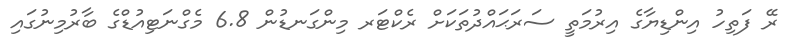
ރޭ ފަތިހު އިންޑިޔާގެ އިރުމަތީ ސަރަޙައްދުތަކަށް ރެކްޓަރ މިންގަނޑުން 6.8 މެގްނަޓިއުޑްގެ ބާރުމިނުގައި